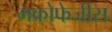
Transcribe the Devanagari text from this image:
मक्रोफेजीस